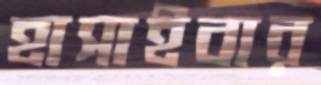
হাসাইবার